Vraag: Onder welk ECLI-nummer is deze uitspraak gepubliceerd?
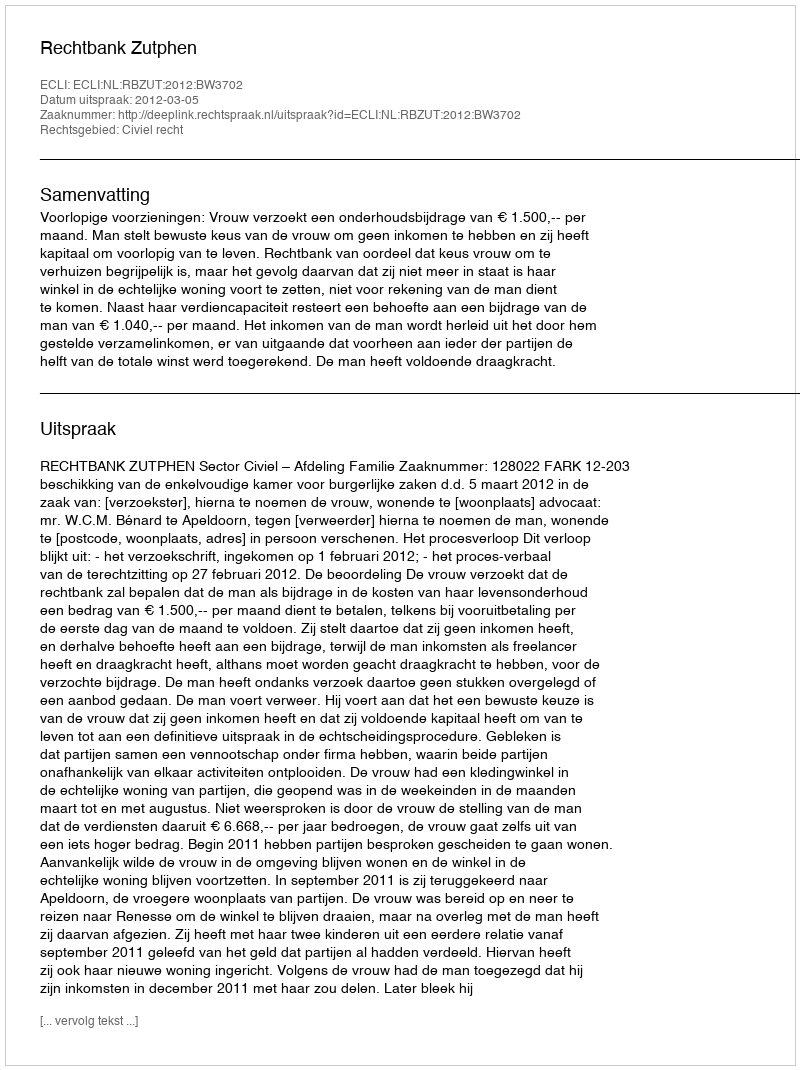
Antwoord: ECLI:NL:RBZUT:2012:BW3702